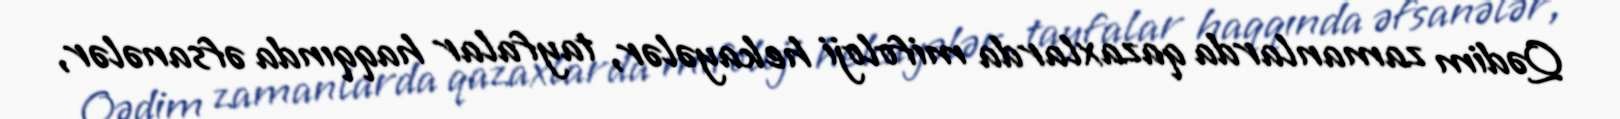
Qədim zamanlarda qazaxlarda mifoloji hekayələr, tayfalar haqqında əfsanələr,